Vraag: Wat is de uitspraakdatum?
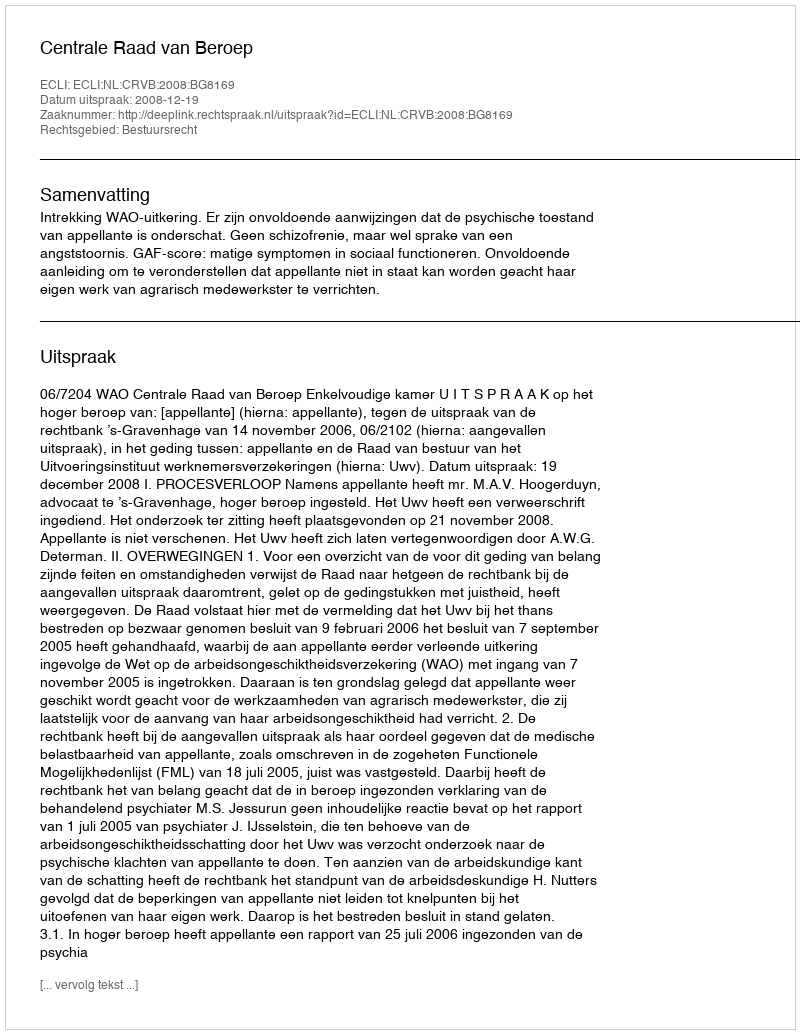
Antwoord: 2008-12-19